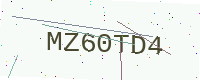
Text: MZ60TD4